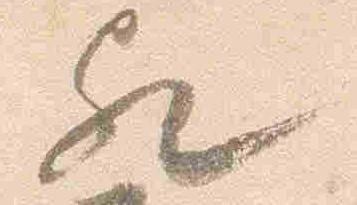
歟